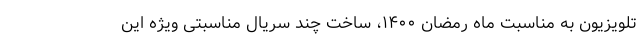
تلویزیون به مناسبت ماه رمضان ۱۴۰۰، ساخت چند سریال مناسبتی ویژه این